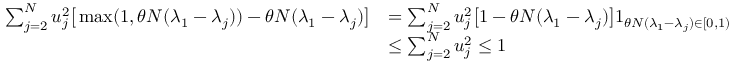
\begin{array} { r l } { \sum _ { j = 2 } ^ { N } u _ { j } ^ { 2 } \big [ \operatorname* { m a x } ( 1 , \theta N ( \lambda _ { 1 } - \lambda _ { j } ) ) - \theta N ( \lambda _ { 1 } - \lambda _ { j } ) \big ] } & { = \sum _ { j = 2 } ^ { N } u _ { j } ^ { 2 } \big [ 1 - \theta N ( \lambda _ { 1 } - \lambda _ { j } ) \big ] 1 _ { \theta N ( \lambda _ { 1 } - \lambda _ { j } ) \in [ 0 , 1 ) } } \\ & { \le \sum _ { j = 2 } ^ { N } u _ { j } ^ { 2 } \le 1 } \end{array}